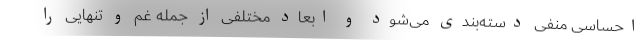
احساسی منفی دسته‌بندی می‌شود و ابعاد مختلفی از جمله غم و تنهایی را